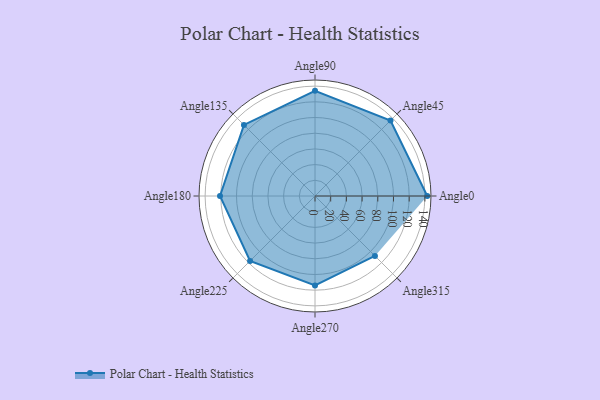
{"axis": {"x": "Angle", "y": "Radius"}, "legend": [""], "data": [{"x": "Angle0", "y": 143.0, "type": ""}, {"x": "Angle45", "y": 136.0, "type": ""}, {"x": "Angle90", "y": 134.0, "type": ""}, {"x": "Angle135", "y": 128.0, "type": ""}, {"x": "Angle180", "y": 121.0, "type": ""}, {"x": "Angle225", "y": 117.0, "type": ""}, {"x": "Angle270", "y": 114.0, "type": ""}, {"x": "Angle315", "y": 108.0, "type": ""}]}